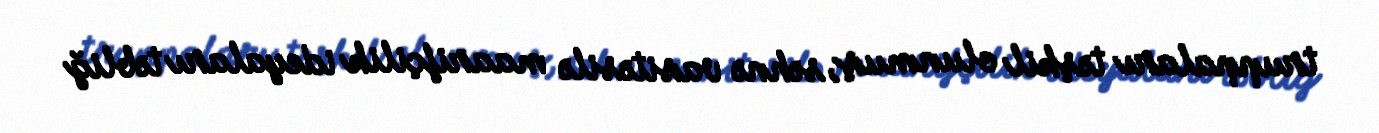
truppaları təşkil olunmuş, səhnə vasitəsilə maarifçilik ideyaları təbliğ